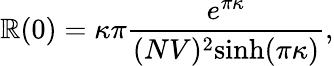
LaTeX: \mathbb{R}(0)=\kappa\pi\frac{{e^{\pi\kappa}}}{{(NV)^{2}\textrm{{sinh}}(\pi\kappa)}},